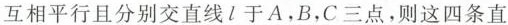
互相平行且分别交直线l于A，B，C三点，则这四条直